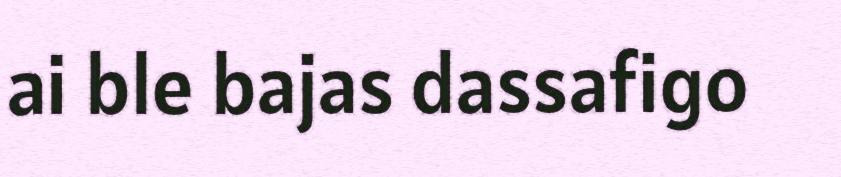
ai ble bajas dassafigo